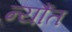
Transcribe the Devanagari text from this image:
न्यौंत